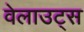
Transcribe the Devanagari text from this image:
वेलाउट्स